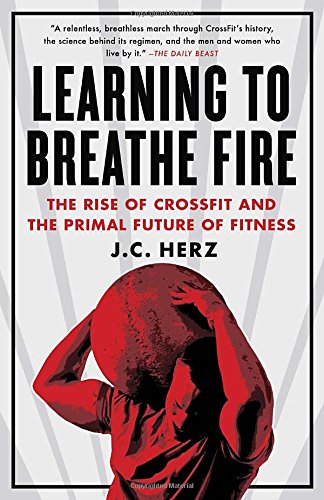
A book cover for Learning to Breathe Fire: The Rise of CrossFit and the Primal Future of Fitness; J.C. Herz; Sports & Outdoors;